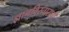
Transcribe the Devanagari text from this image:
ज्ञानविस्ताराची